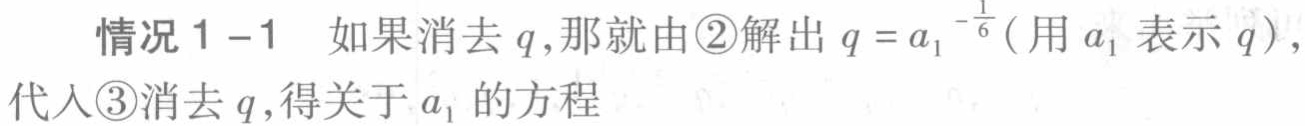
情况 1 - 1 如果消去 \(q\)，那就由\textcircled{2}解出 \(q = a_{1}^{-\frac{1}{6}}\)（用 \(a_{1}\) 表示 \(q\)），代入\textcircled{3}消去 \(q\)，得关于 \(a_{1}\) 的方程